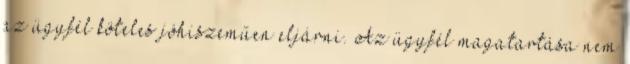
az ügyfél köteles jóhiszeműen eljárni. Az ügyfél magatartása nem